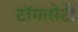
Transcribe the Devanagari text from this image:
टाॅमासेटी